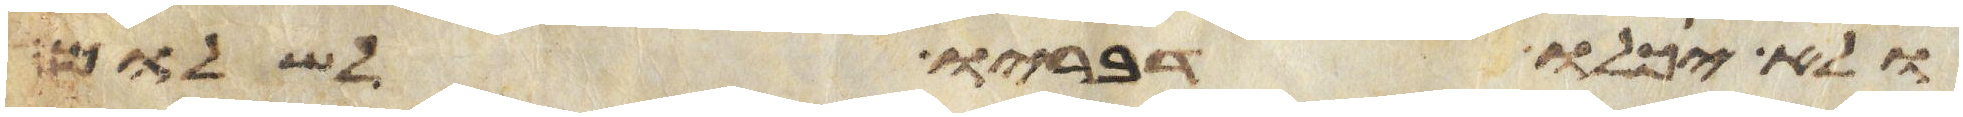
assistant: ולא יכלו דבריו לשלום